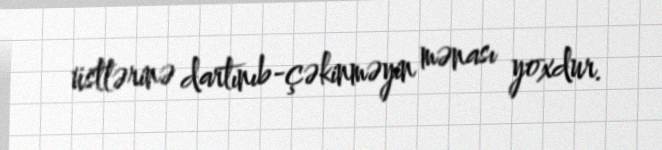
üstlərinə dartınıb-çəkinməyin mənası yoxdur.